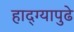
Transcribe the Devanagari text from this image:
हाद्ग्यापुढे